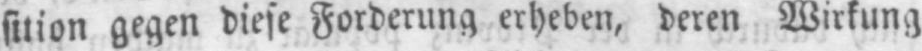
sition gegen diese Forderung erheben, deren Wirkung